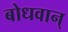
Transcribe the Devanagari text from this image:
बोधवान्